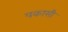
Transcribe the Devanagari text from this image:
पकासी